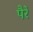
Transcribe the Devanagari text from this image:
पैरें